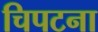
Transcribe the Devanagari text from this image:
चिपटना